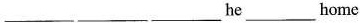
___ ___ ___he___home